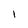
Character: 1